Elephants and their diseases
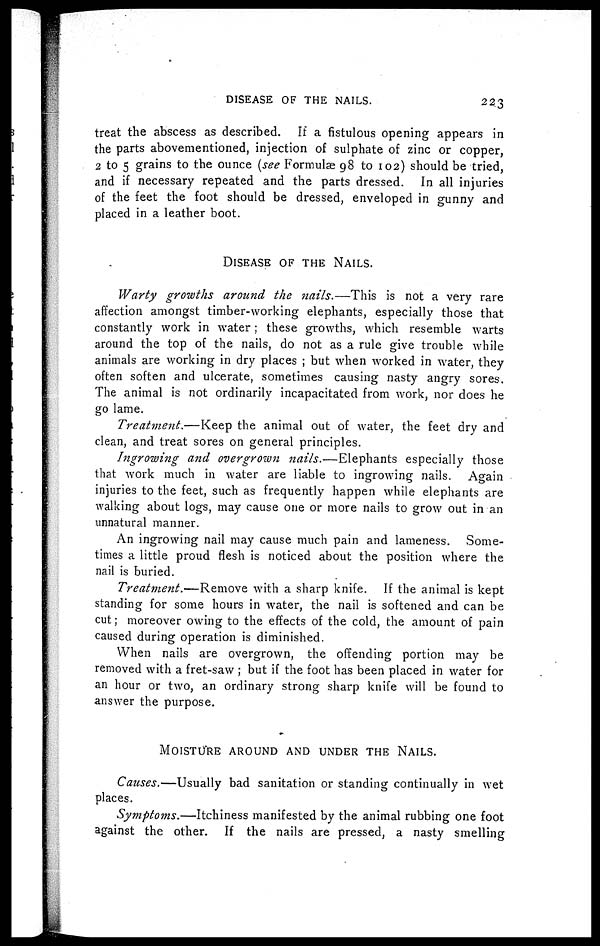
DISEASE OF THE NAILS.
223
treat the abscess as described. If a fistulous opening appears in
the parts abovementioned, injection of sulphate of zinc or copper,
2 to 5 grains to the ounce (see Formulae 98 to 102) should be tried,
and if necessary repeated and the parts dressed. In all injuries
of the feet the foot should be dressed, enveloped in gunny and
placed in a leather boot.
DISEASE OF THE NAILS.
Warty growths around the nails.—This
is not a very rare
affection amongst timber-working elephants, especially those that
constantly work in water ; these growths, which resemble warts
around the top of the nails, do not as a rule give trouble while
animals are working in dry places ; but when worked in water, they
often soften and ulcerate, sometimes causing nasty angry sores.
The animal is not ordinarily incapacitated from work, nor does he
go lame.
Treatment.—Keep
the animal out of water, the feet dry and
clean, and treat sores on general principles.
Ingrowing and overgrown nails.—Elephants
especially those
that work much in water are liable to ingrowing nails. Again
injuries to the feet, such as frequently happen while elephants are
walking about logs, may cause one or more nails to grow out in an
unnatural manner.
An ingrowing nail may cause much pain and lameness. Some-
times a little proud flesh is noticed about the position where the
nail is buried.
Treatment.—Remove
with a sharp knife. If the animal is kept
standing for some hours in water, the nail is softened and can be
cut ; moreover owing to the effects of the cold, the amount of pain
caused during operation is diminished.
When nails are overgrown, the offending portion may be
removed with a fret-saw ; but if the foot has been placed in water for
an hour or two, an ordinary strong sharp knife will be found to
answer the purpose.
MOISTURE AROUND AND UNDER THE NAILS.
Causes.—Usually bad sanitation or standing continually in wet
places.
Symptoms.—Itchiness
manifested by the animal rubbing one foot
against the other. If the nails are pressed, a nasty smelling